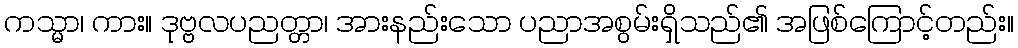
ကသ္မာ၊ ကား။ ဒုဗ္ဗလပညတ္တာ၊ အားနည်းသော ပညာအစွမ်းရှိသည်၏ အဖြစ်ကြောင့်တည်း။